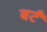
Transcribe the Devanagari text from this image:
बटँ